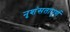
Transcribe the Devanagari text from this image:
नृशंसतापूर्ण